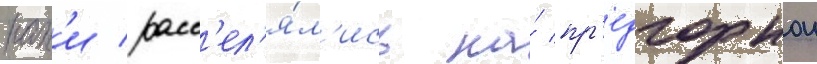
нах'и расс'ел'я́л'ись на́ пр'едгорнои